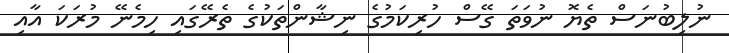
ނުލިބުނަސް ތެޔޮ ނުވަތަ ގޭސް ހުރިކަމުގެ ނިޝާންތަކުގެ ތެރޭގައި ހިމެނޭ މުރަކަ އާއި